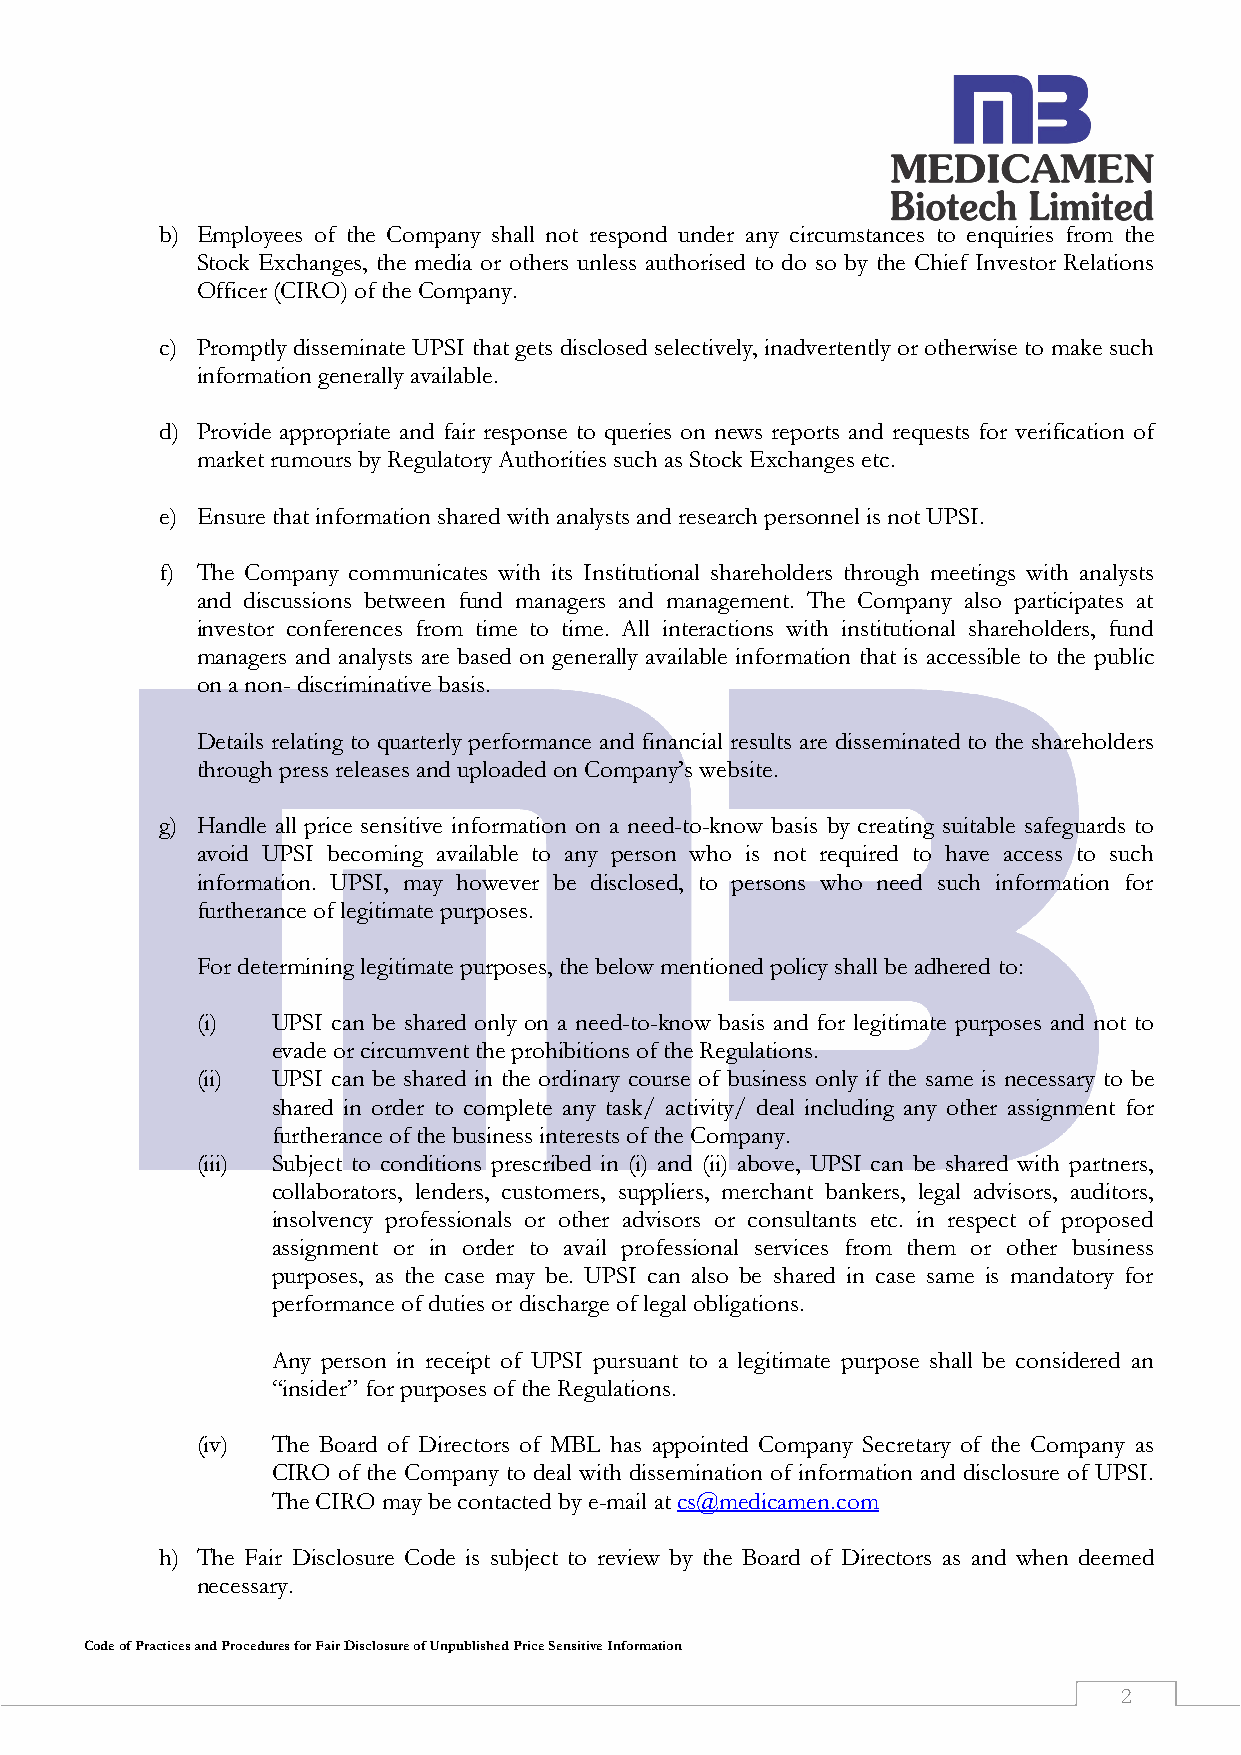
b) Employees of the Company shall not respond under any circumstances to enquiries from the
 Stock Exchanges, the media or others unless authorised to do so by the Chief Investor Relations
 Officer (CIRO) of the Company.
 c) Promptly disseminate UPSI that gets disclosed selectively, inadvertently or otherwise to make such
 information generally available.
 d) Provide appropriate and fair response to queries on news reports and requests for verification of
 market rumours by Regulatory Authorities such as Stock Exchanges etc.
 e) Ensure that information shared with analysts and research personnel is not UPSI.
 f) The Company communicates with its Institutional shareholders through meetings with analysts
 and discussions between fund managers and management. The Company also participates at
 investor conferences from time to time. All interactions with institutional shareholders, fund
 managers and analysts are based on generally available information that is accessible to the public
 on a non- discriminative basis.
 Details relating to quarterly performance and financial results are disseminated to the shareholders
 through press releases and uploaded on Company’s website.
 g) Handle all price sensitive information on a need-to-know basis by creating suitable safeguards to
 avoid UPSI becoming available to any person who is not required to have access to such
 information. UPSI, may however be disclosed, to persons who need such information for
 furtherance of legitimate purposes.
 For determining legitimate purposes, the below mentioned policy shall be adhered to:
 (i)  UPSI can be shared only on a need-to-know basis and for legitimate purposes and not to
 evade or circumvent the prohibitions of the Regulations.
 (ii) UPSI can be shared in the ordinary course of business only if the same is necessary to be
 shared in order to complete any task/ activity/ deal including any other assignment for
 furtherance of the business interests of the Company.
 (iii) Subject to conditions prescribed in (i) and (ii) above, UPSI can be shared with partners,
 collaborators, lenders, customers, suppliers, merchant bankers, legal advisors, auditors,
 insolvency professionals or other advisors or consultants etc. in respect of proposed
 assignment or in order to avail professional services from them or other business
 purposes, as the case may be. UPSI can also be shared in case same is mandatory for
 performance of duties or discharge of legal obligations.
 Any person in receipt of UPSI pursuant to a legitimate purpose shall be considered an
 “insider” for purposes of the Regulations.
 (iv) The Board of Directors of MBL has appointed Company Secretary of the Company as
 CIRO of the Company to deal with dissemination of information and disclosure of UPSI.
 The CIRO may be contacted by e-mail at cs@medicamen.com
 h) The Fair Disclosure Code is subject to review by the Board of Directors as and when deemed
 necessary.
 Code of Practices and Procedures for Fair Disclosure of Unpublished Price Sensitive Information
 2